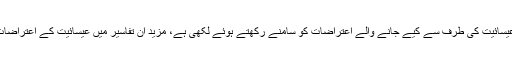
اُن کی اردو اور انگریزی تفسیر کی خاص بات یہ ہے کہ انہوں نے یہ تفاسیر اسلام پر عیسائیت کی طرف سے کیے جانے والے اعتراضات کو سامنے رکھتے ہوئے لکھی ہے، مزید ان تفاسیر میں عیسائیت کے اعتراضات رد کرتے ہوئے بائبل اور دوسرے مغربی مستشرقین کی کتابوں سے دلائل دئیے ہیں۔